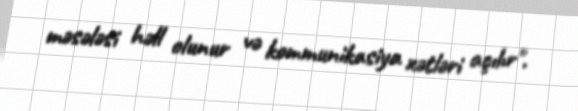
məsələsi həll olunur və kommunikasiya xətləri açılır".